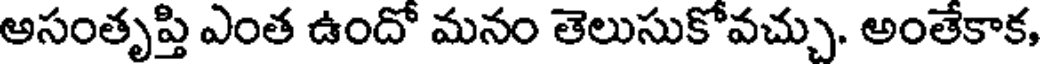
అసంతృప్తి ఎంత ఉందో మనం తెలుసుకోవచ్చు. అంతేకాక,